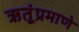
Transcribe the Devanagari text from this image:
ऋतूंप्रमाणे